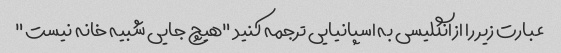
عبارت زیر را از انگلیسی به اسپانیایی ترجمه کنید "هیچ جایی شبیه خانه نیست"